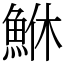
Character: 鮴